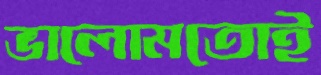
ভালোমতোই